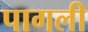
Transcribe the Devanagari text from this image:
पागली